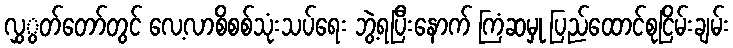
လွှွတ်တော်တွင် လေ့လာစိစစ်သုံးသပ်ရေး ဘွဲ့ရပြီးနောက် ကြံဆမှု ပြည်ထောင်စုငြိမ်းချမ်း